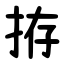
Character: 拵